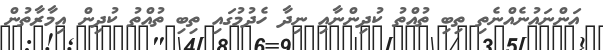
އަންނައުނެއްނެތި ތިބި ތުއްތު ކުދިންނާއި ނިދާ ހެދުމުގައި ތިބި ތުއްތު ކުދިން އިމާރާތުން